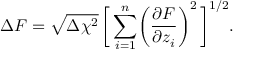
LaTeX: \Delta F = \sqrt { \Delta \chi ^ { 2 } } \, \biggl [ \, \sum _ { i = 1 } ^ { n } \biggl ( \frac { \partial F } { \partial z _ { i } } \biggr ) ^ { 2 } \, \biggr ] ^ { 1 / 2 } .